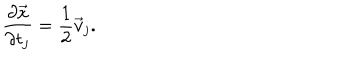
{ \frac { \partial \vec { x } } { \partial t _ { j } } } = { \frac { 1 } { 2 } } \vec { v } _ { j } .